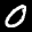
Label: 0